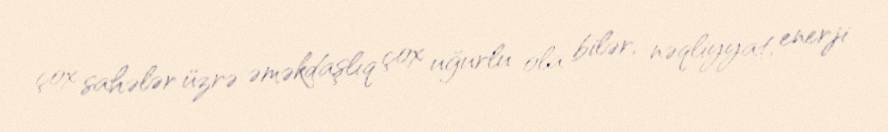
çox sahələr üzrə əməkdaşlıq çox uğurlu ola bilər, nəqliyyat, enerji